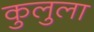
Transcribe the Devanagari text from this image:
कुलुला